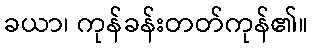
ခယာ၊ ကုန်ခန်းတတ်ကုန်၏။